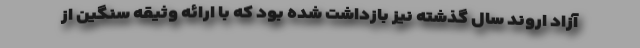
آزاد اروند سال گذشته نیز بازداشت شده بود که با ارائه وثیقه سنگین از